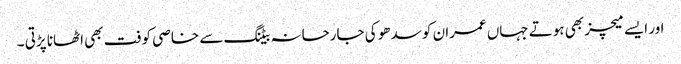
اور ایسے میچز بھی ہوتے جہاں عمران کو سدھو کی جارحانہ بیٹنگ سے خاصی کوفت بھی اٹھانا پڑتی ۔